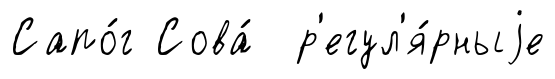
Сапо́г Сова́ р'егул'я́рныjе